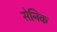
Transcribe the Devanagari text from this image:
सेनिक